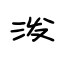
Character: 泼